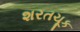
શરતચૂક